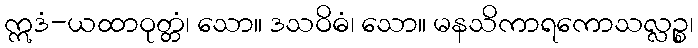
ဣဒံ-ယထာဝုတ္တံ၊ သော။ ဒသဝိဓံ၊ သော။ မနသိကာရကောသလ္လဉ္စ၊